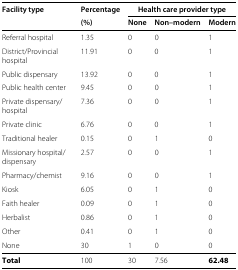
| Facility type | Percentage | <COLSPAN=3> Health care provider type |
 |  | (%) | None | Non–modern | Modern |
 | --- | --- | --- | --- | --- |
 | Referral hospital | 1.35 | 0 | 0 | 1 |
 | District/Provincial hospital | 11.91 | 0 | 0 | 1 |
 | Public dispensary | 13.92 | 0 | 0 | 1 |
 | Public health center | 9.45 | 0 | 0 | 1 |
 | Private dispensary/ hospital | 7.36 | 0 | 0 | 1 |
 | Private clinic | 6.76 | 0 | 0 | 1 |
 | Traditional healer | 0.15 | 0 | 1 | 0 |
 | Missionary hospital/ dispensary | 2.57 | 0 | 0 | 1 |
 | Pharmacy/chemist | 9.16 | 0 | 0 | 1 |
 | Kiosk | 6.05 | 0 | 1 | 0 |
 | Faith healer | 0.09 | 0 | 1 | 0 |
 | Herbalist | 0.86 | 0 | 1 | 0 |
 | Other | 0.41 | 0 | 1 | 0 |
 | None | 30 | 1 | 0 | 0 |
 | Total | 100 | 30 | 7.56 | 62.48 |